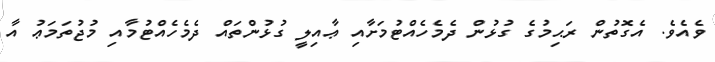
ވެއެވެ. އެގޮތުން ރަޙިމުގެ ގުޅުން ދެމެހެއްޓުމަށާއި ޢާއިލީ ގުޅުންތައް ދެމެހެއްޓުމާއި މުޖުތަމަޢު އާ